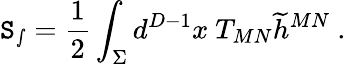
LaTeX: \mathtt{S}_{\mathrm{{{\smallint}}}}={\frac{{1}}{{2}}}\int_{\Sigma}d^{D-1}x~T_{MN}{\widetilde{h}}^{MN}~.